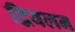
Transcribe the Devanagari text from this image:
द्विवलन